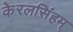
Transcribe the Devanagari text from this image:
केरलसिंहम्